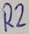
Text: R2